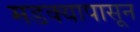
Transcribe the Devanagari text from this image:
मडक्यापासून